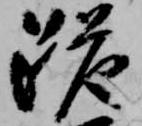
跪